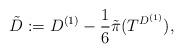
LaTeX: \begin{align*}\tilde{D}:= D^{(1)} - \frac{1}{6}\tilde{ \pi } ( T^{D^{(1)}}),\end{align*}